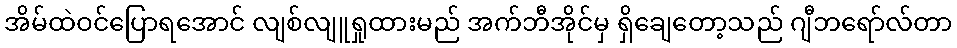
အိမ်ထဲဝင်ပြောရအောင် လျစ်လျူရှုထားမည် အက်ဘီအိုင်မှ ရှိချေတော့သည် ဂျီဘရော်လ်တာ